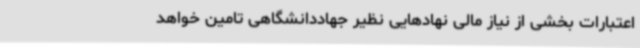
اعتبارات بخشی از نیاز مالی نهادهایی نظیر جهاددانشگاهی تامین خواهد